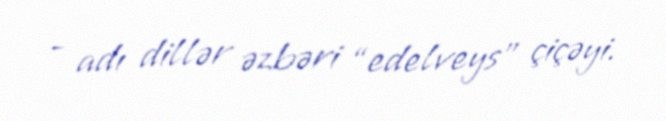
- adı dillər əzbəri “edelveys” çiçəyi.